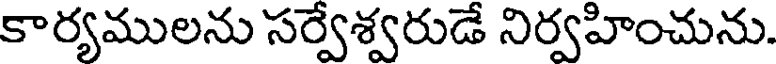
కార్యములను సర్వేశ్వరుడే నిర్వహించును.